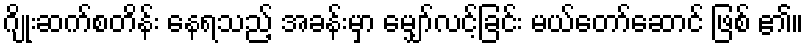
ဂျိုးဆက်စတိန်း နေရသည့် အခန်းမှာ မျှော်လင့်ခြင်း မယ်တော်ဆောင် ဖြစ် ၏။